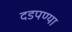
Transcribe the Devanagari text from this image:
दडपण्या